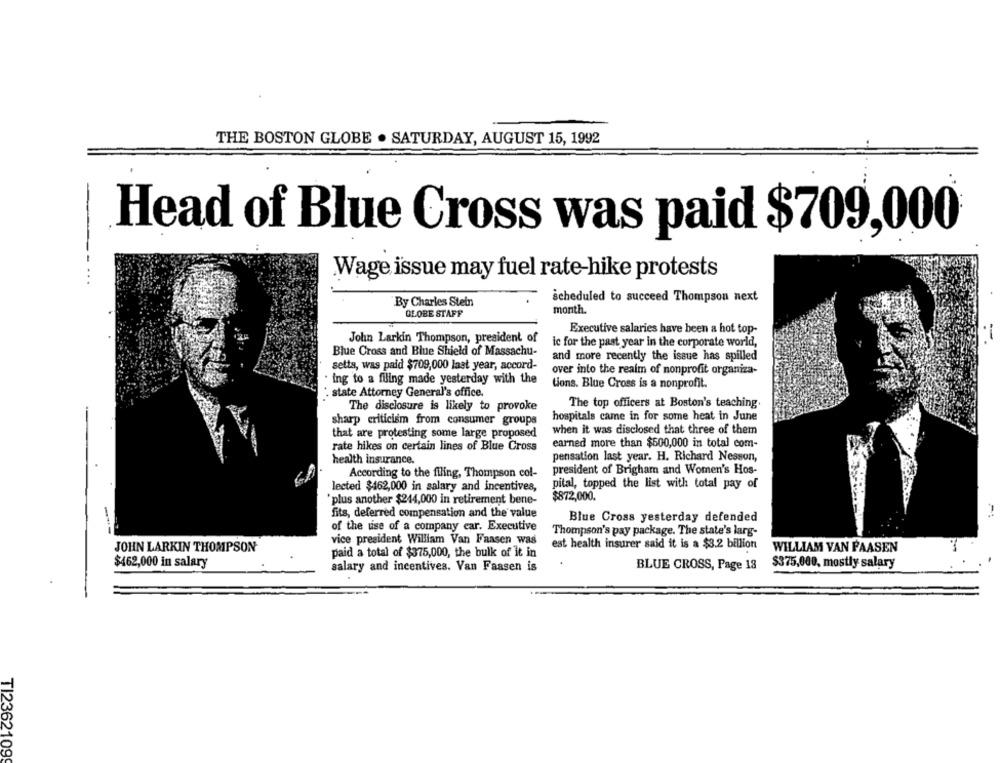
THE BOSTON GLOBE . SATURDAY, AUGUST 15, 1992
Head of Blue Cross was paid $709,000
Wage issue may fuel rate-hike protests
scheduled to succeed Thompson next
By Charles Stein
GLOBE STAFF
month.
Executive salaries have been a hot top-
John Larkin Thompson, president of
ic for the past year in the corporate world,
Blue Cross and Blue Shield of Massachu-
and more recently the issue has spilled
setts, was paid $709,000 last year, accord-
over into the realm of nonprofit organiza-
ing to a filing made yesterday with the
tions. Blue Cross is a nonprofit.
state Attorney General's office.
The top officers at Boston's teaching
The disclosure is likely to provoke
hospitals came in for some heat in June
sharp criticism from consumer groups
that are protesting some large proposed
when it was disclosed that three of them
earned more than $500,000 in total com-
rate hikes on certain lines of Blue Cross
pensation last year. H. Richard Nesson,
health insurance.
According to the filing, Thompson col-
president of Brigham and Women's Hos-
lected $462,000 in salary and incentives,
pital, topped the list with total pay of
'plus another $244,000 in retirement bene-
$872,000.
fits, deferred compensation and the value
Blue Cross yesterday defended
of the use of a company car. Executive
Thompson's pay package. The state's larg-
vice president William Van Faasen was
JOHN LARKIN THOMPSON
est health insurer said it is a $3.2 billion
WILLIAM VAN PAASEN
7
paid a total of $375,000, the bulk of It in
$462,000 in salary
$375,000, mostly salary
salary and incentives. Van Faasen is
BLUE CROSS, Page 18
TI2362109